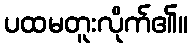
ပထမတူးလိုက်၏။